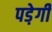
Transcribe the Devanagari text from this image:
पडे़गी